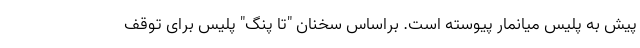
پیش به پلیس میانمار پیوسته است. براساس سخنان "تا پنگ" پلیس برای توقف